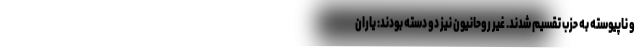
و ناپیوسته به حزب تقسیم شدند. غیر روحانیون نیز دو دسته بودند: یاران